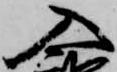
入